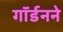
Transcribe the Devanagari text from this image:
गॉर्डनने